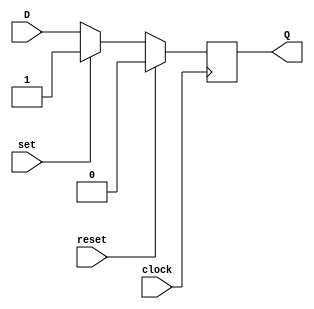
module d_flip_flop (
    input D,
    input clock,
    input reset,
    input set,
    output reg Q
);

always @(posedge clock) begin
    if (reset) begin
        Q <= 1'b0;  // Reset value
    end else if (set) begin
        Q <= 1'b1;  // Set value
    end else begin
        Q <= D;
    end
end

endmodule